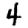
Digit: 4